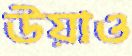
উয়াও